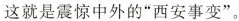
这就是震惊中外的“西安事变”。